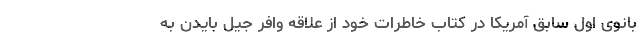
بانوی اول سابق آمریکا در کتاب خاطرات خود از علاقه وافر جیل بایدن به